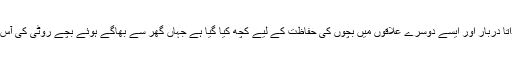
کیا جاوید اقبال کے سو بچوں کو قتل کر دینے کے بعد سے داتا دربار اور ایسے دوسرے علاقوں میں بچوں کی حفاظت کے لیے کچھ کیا گیا ہے جہاں گھر سے بھاگے ہوئے بچے روٹی کی آس میں پہنچتے ہیں اور جو جاوید اقبال کی خاص شکار گاہ تھا؟